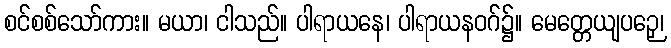
စင်စစ်သော်ကား။ မယာ၊ ငါသည်။ ပါရာယနေ၊ ပါရာယနဝဂ်၌။ မေတ္တေယျပဉှေ၊